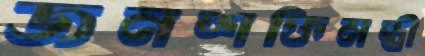
জনশক্তিমন্ত্রী